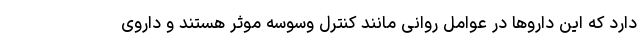
دارد که این داروها در عوامل روانی مانند کنترل وسوسه موثر هستند و داروی